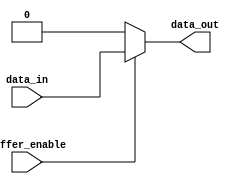
module open_drain_buffer (
    input wire buffer_enable,
    input wire data_in,
    output reg data_out
);

always @(buffer_enable, data_in)
begin
    if (buffer_enable)
        data_out <= data_in;
    else
        data_out <= 1'b0; // Pull output low
end

endmodule